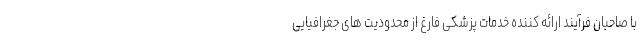
با صاحبان فرآیند ارائه کننده خدمات پزشکی فارغ از محدودیت های جغرافیایی